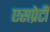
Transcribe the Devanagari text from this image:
एसप्रेटी